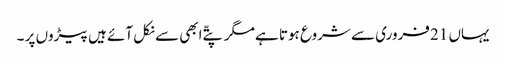
یہاں 21 فروری سے شروع ہوتا ہے مگر پتّے ابھی سے نکل آئے ہیں پیڑوں پر ۔